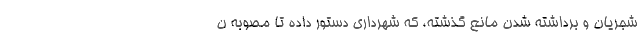
شجریان و برداشته شدن مانع گذشته، که شهرداری دستور داده تا مصوبه ن